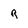
Character: R